Annual administration report of the Civil Veterinary Department of India - 1897-1898
Year: 1897
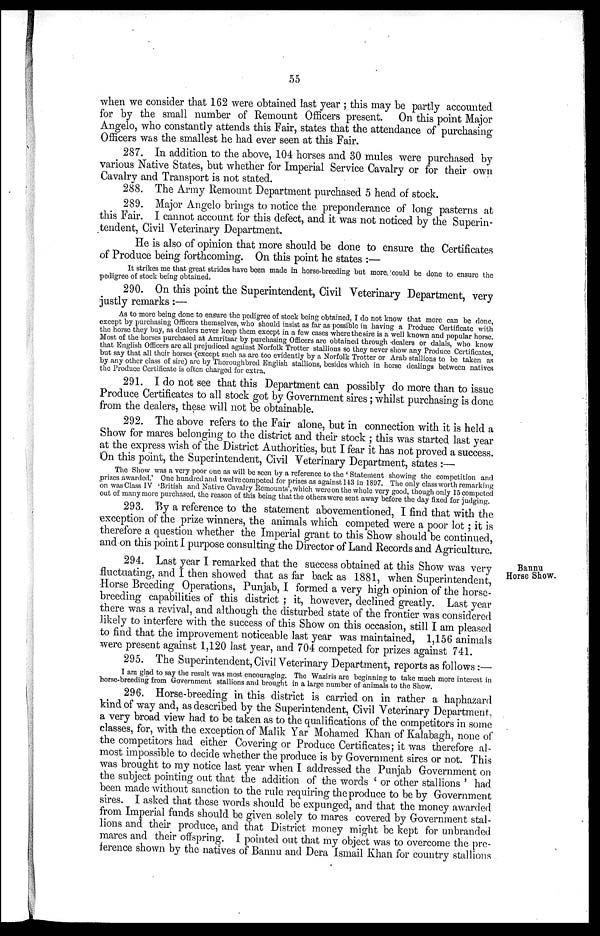
55
when we consider that 162 were obtained last year; this may be partly accounted
for by the small number of Remount Officers present. On this point Major
Angelo, who constantly attends this Fair, states that the attendance of purchasing
Officers was the smallest he had ever seen at this Fair.
287. In addition to the above, 104 horses and 30 mules were purchased by
various Native States, but whether for Imperial Service Cavalry or for their own
Cavalry and Transport is not stated.
288. The Army Remount Department purchased 5 head of stock.
289. Major Angelo brings to notice the preponderance of long pasterns at
this Fair. I cannot account for this defect, and it was not noticed by the Superin-
tendent, Civil Veterinary Department.
He is also of opinion that more should be done to ensure the Certificates
of Produce being forthcoming. On this point he states:—
It strikes me that great strides have been made in horse-breeding but more could be done to ensure the
pedigree of stock being obtained.
290. On this point the Superintendent, Civil Veterinary Department, very
justly remarks:—
As to more being done to ensure the pedigree of stock being obtained, I do not know that more can be done,
except by purchasing Officers themselves, who should insist as far as possible in having a Produce Certificate with
the horse they buy, as dealers never keep them except in a few cases where the sire is a well known and popular horse.
Most of the horses purchased at Amritsar by purchasing Officers are obtained through dealers or dalals, who know
that English Officers are all prejudiced against Norfolk Trotter stallions so they never show any Produce Certificates,
but say that all their horses (except such as are too evidently by a Norfolk Trotter or Arab stallions to be taken as
by any other class of sire) are by Thoroughbred English stallions, besides which in horse dealings between natives
the Produce Certificate is often charged for extra.
291. I do not see that this Department can possibly do more than to issue
Produce Certificates to all stock got by Government sires; whilst purchasing is done
from the dealers, these will not be obtainable.
292. The above refers to the Fair alone, but in connection with it is held a
Show for mares belonging to the district and their stock; this was started last year
at the express wish of the District Authorities, but I fear it has not proved a success.
On this point, the Superintendent, Civil Veterinary Department, states:—
The Show was a very poor one as will be seen by a reference to the 'Statement showing the competition and
prizes awarded.' One hundred and twelve competed for prizes as against 143 in 1897. The only class worth remarking
on was Class IV 'British and Native Cavalry Remounts', which were on the whole very good, though only 15 competed
out of many more purchased, the reason of this being that the others were sent away before the day fixed for judging.
293. By a reference to the statement abovementioned, I find that with the
exception of the prize winners, the animals which competed were a poor lot; it is
therefore a question whether the Imperial grant to this Show should be continued,
and on this point I purpose consulting the Director of Land Records and Agriculture.
Bannu
Horse Show.
294. Last year I remarked that the success obtained at this Show was very
fluctuating, and I then showed that as far back as 1881, when Superintendent,
Horse Breeding Operations, Punjab, I formed a very high opinion of the horse-
breeding capabilities of this district; it, however, declined greatly. Last year
there was a revival, and although the disturbed state of the frontier was considered
likely to interfere with the success of this Show on this occasion, still I am pleased
to find that the improvement noticeable last year was maintained, 1,156 animals
were present against 1,120 last year, and 704 competed for prizes against 741.
295. The Superintendent, Civil Veterinary Department, reports as follows:—
I am glad to say the result was most encouraging. The Waziris are beginning to take much more interest in
horse-breeding from Government stallions and brought in a large number of animals to the Show.
296. Horse-breeding in this district is carried on in rather a haphazard
kind of way and, as described by the Superintendent, Civil Veterinary Department,
a very broad view had to be taken as to the qualifications of the competitors in some
classes, for, with the exception of Malik Yar Mohamed Khan of Kalabagh, none of
the competitors had either Covering or Produce Certificates; it was therefore al-
most impossible to decide whether the produce is by Government sires or not. This
was brought to my notice last year when I addressed the Punjab Government on
the subject pointing out that the addition of the words 'or other stallions' had
been made without sanction to the rule requiring the produce to be by Government
sires. I asked that these words should be expunged, and that the money awarded
from Imperial funds should be given solely to mares covered by Government stal-
lions and their produce, and that District money might be kept for unbranded
mares and their offspring. I pointed out that my object was to overcome the pre-
ference shown by the natives of Bannu and Dera Ismail Khan for country stallions